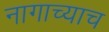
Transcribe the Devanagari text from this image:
नागाच्याच